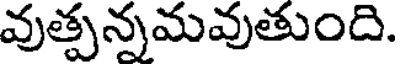
వుత్పన్నమవుతుంది.